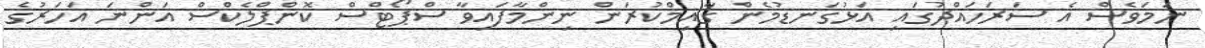
ނަމަވެސް އެ ސަރަހައްދުގައި އަޅުގަނޑުމެން ގާއިމްކުރަން ނިންމާފައިވާ ސްޕޯޓްސް ކޮންޕްލެކްސް އަންނަ އަހަރުގެ